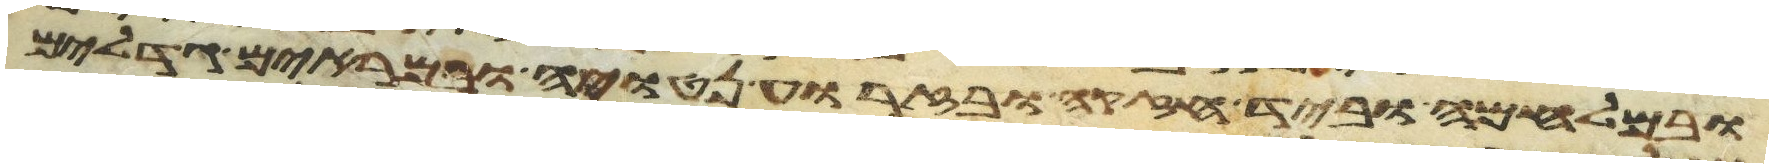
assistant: ובמלחמה וביד חזקה ובזרוע נטויה ובמראים גדלים